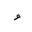
Letter: _waw